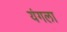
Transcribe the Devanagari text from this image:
यंगला